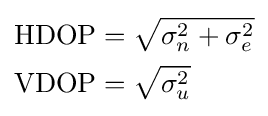
{\begin{aligned}\operatorname {HDOP} &={\sqrt {\sigma _{n}^{2}+\sigma _{e}^{2}}}\\\operatorname {VDOP} &={\sqrt {\sigma _{u}^{2}}}\end{aligned}}